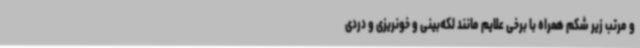
و مرتب زیر شکم همراه با برخی علایم مانند لکه‌بینی و خونریزی و دردی